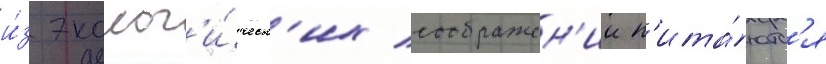
и́з эколог'и́ческ'их соображен'ии п'ита́ютс'я